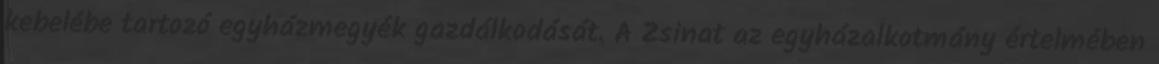
kebelébe tartozó egyházmegyék gazdálkodását. A Zsinat az egyházalkotmány értelmében